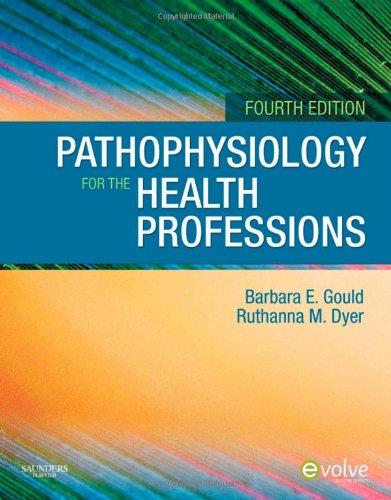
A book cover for Pathophysiology for the Health Professions, 4e; Barbara E. Gould; Medical Books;